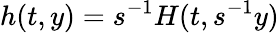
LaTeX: h(t,y)=s^{-1}H(t,s^{-1}y)